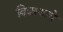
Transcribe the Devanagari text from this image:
विवरणाचे